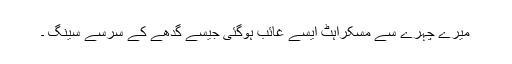
میرے چہرے سے مسکراہٹ ایسے غائب ہوگئی جیسے گدھے کے سرسے سینگ ۔